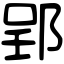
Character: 郢